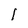
Character: I